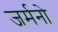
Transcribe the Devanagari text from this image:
जर्मनो